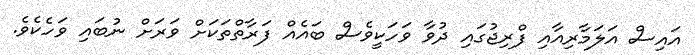
އައިސް އަލަމާރިއާއި ފްރިޖުގައި ދުވާ ވަހަކީވެސް ބައެއް ފަރާތްތަކަށް ވަރަށް ނުބައި ވަހެކެވެ.